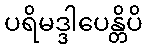
ပရိမဒ္ဒါပေန္တိပိ